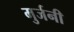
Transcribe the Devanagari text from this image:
मुर्जनी